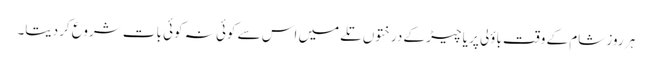
ہر روز شام کے وقت باؤلی پر یا چیڑ کے درختوں تلے میں اس سے کوئی نہ کوئی بات شروع کردیتا۔